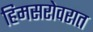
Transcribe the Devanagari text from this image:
हिमसरोवरात